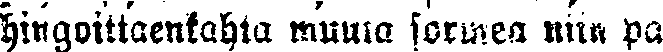
hingoittaenkahta muuta sormea niin pa